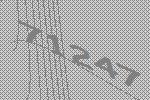
71247